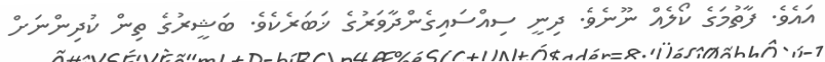
އައެވެ. ފާތުމަގެ ކޯލެއް ނޫނެވެ. ދިނީ ސިއްސައިގެންދާވަރުގެ ޚަބަރެކެވެ. ބަޝީރުގެ ތިން ކުދިންނަށް